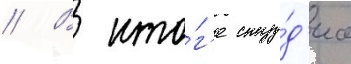
// В ито́г'е сту́д'иа